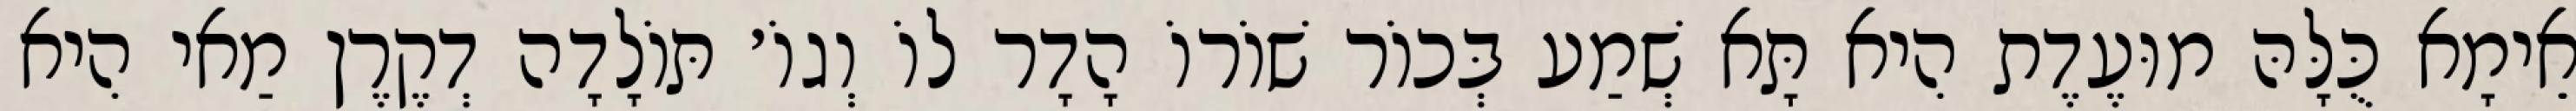
אֵימָא כֻּלָּהּ מוּעֶדֶת הִיא תָּא שְׁמַע בְּכוֹר שׁוֹרוֹ הָדָר לוֹ וְגוֹ׳ תּוֹלָדָה דְקֶרֶן מַאי הִיא